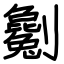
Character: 劖